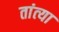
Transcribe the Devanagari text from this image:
तांत्‍या